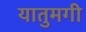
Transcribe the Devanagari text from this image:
यातुमगी